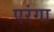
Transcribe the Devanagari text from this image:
एरंगा